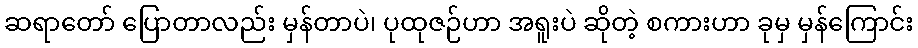
ဆရာတော် ပြောတာလည်း မှန်တာပဲ၊ ပုထုဇဉ်ဟာ အရူးပဲ ဆိုတဲ့ စကားဟာ ခုမှ မှန်ကြောင်း